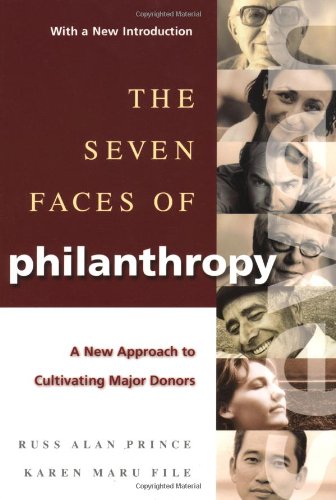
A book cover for The Seven Faces of Philanthropy: A New Approach to Cultivating Major Donors (Jossey-Bass Nonprofit & Public Management Series); Russ Alan Prince; Politics & Social Sciences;